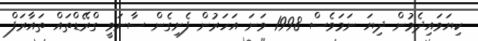
ކިޔަވައިދެމުން ދިޔަ ނަމަވެސް 1998 ވަނަ އަހަރުން ފެށިގެން ސާނަވީ ގްރޭޑްތައް ތައާރަފް